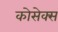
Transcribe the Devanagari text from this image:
कोसेक्स